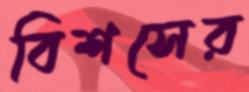
বিশসের